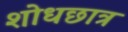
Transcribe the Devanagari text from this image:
शोधछात्र